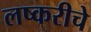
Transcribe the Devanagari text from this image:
लष्करीचे